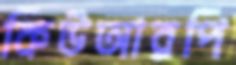
কিউআরপি